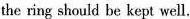
the ring should be kept well.